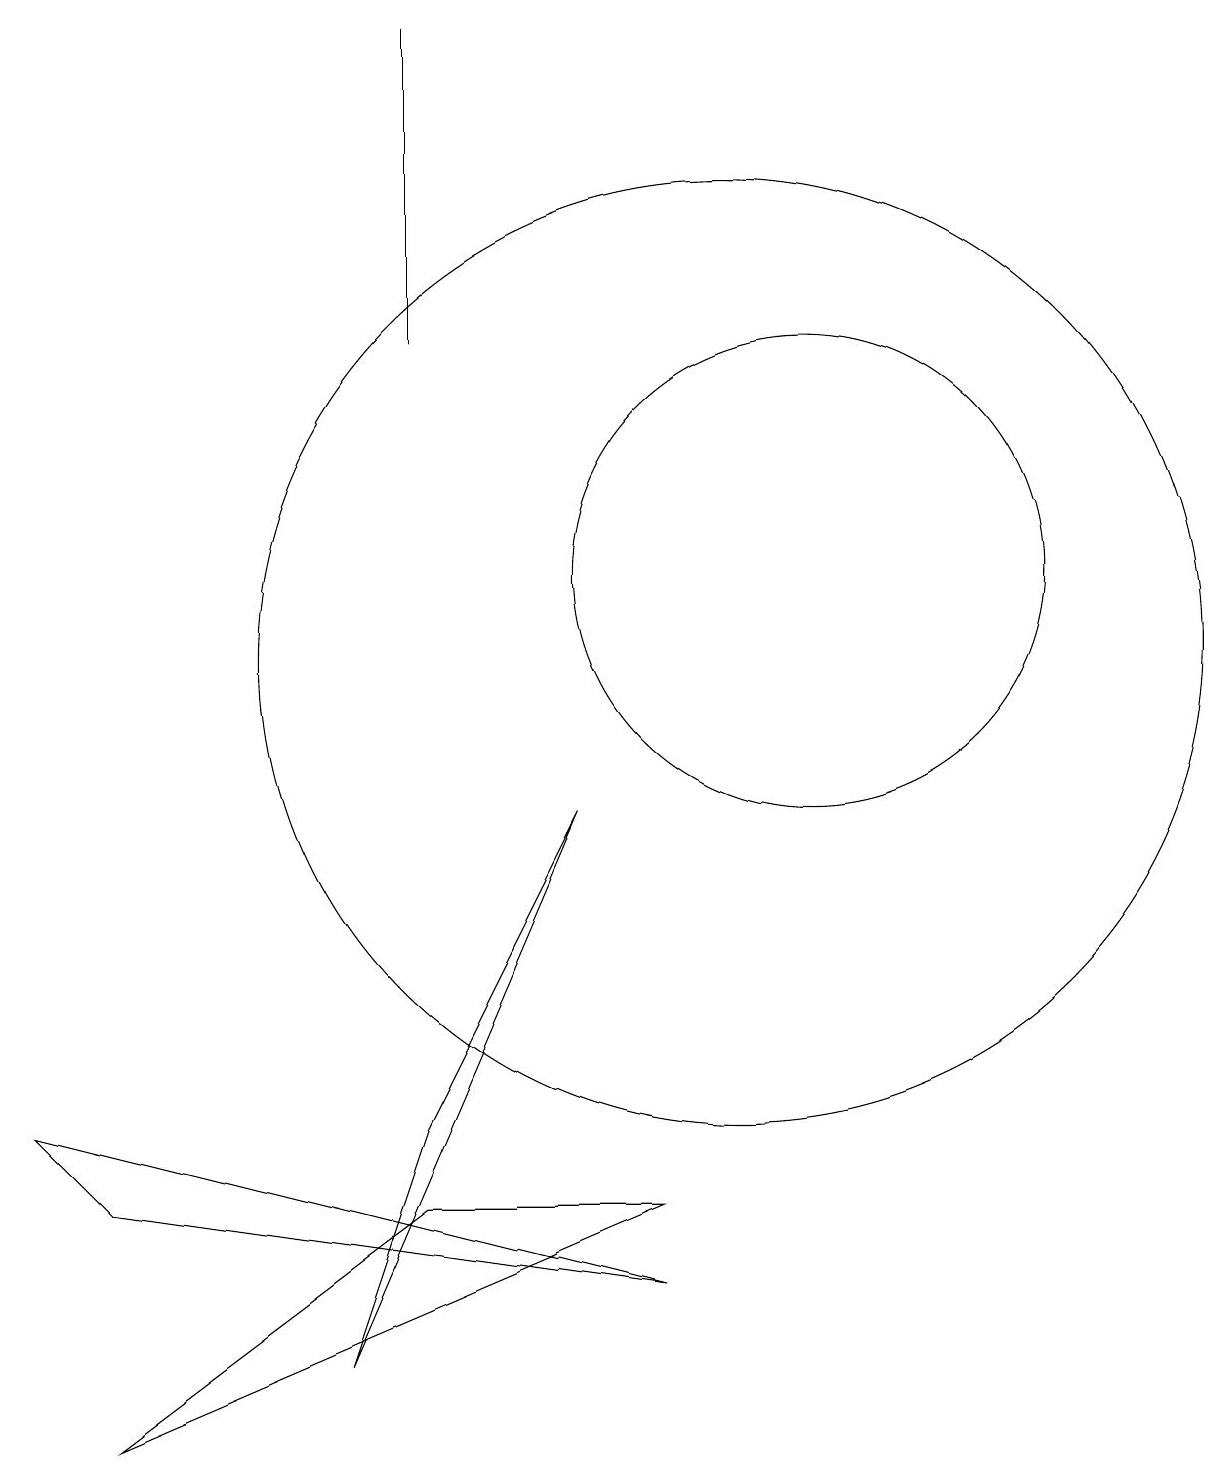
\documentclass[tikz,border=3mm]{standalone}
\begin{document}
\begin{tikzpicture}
\draw (9,3) -- (2,0) -- (6,3) -- cycle;
\draw (6,14) rectangle (6,18);
\draw (5,1) -- (6,4) -- (8,8) -- cycle;
\draw (11,11) circle (3);
\draw (10,10) circle (6);
\draw (1,4) -- (9,2) -- (2,3) -- cycle;
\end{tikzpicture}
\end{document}